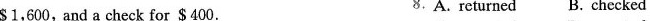
$1,600, and a check for $400. 8.A.returned B. checked